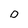
Character: D